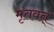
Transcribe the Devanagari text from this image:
मृतवत्‌